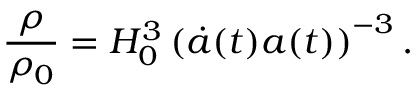
\frac { \rho } { \rho _ { 0 } } = H _ { 0 } ^ { 3 } \left( \Dot { a } ( t ) a ( t ) \right) ^ { - 3 } .